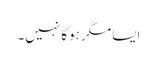
ایسا مگر ہوگا نہیں۔